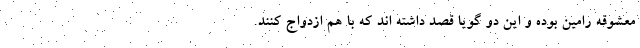
معشوقه رامین بوده و این دو گویا قصد داشته اند که با هم ازدواج کنند.